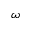
\omega